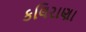
કલિરાણા